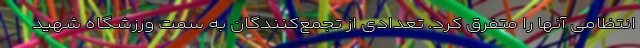
انتظامی آنها را متفرق کرد. تعدادی از تجمع‌کنندگان به سمت ورزشگاه شهید